Calcutta medical institutions reports 1871-78
Year: 1871
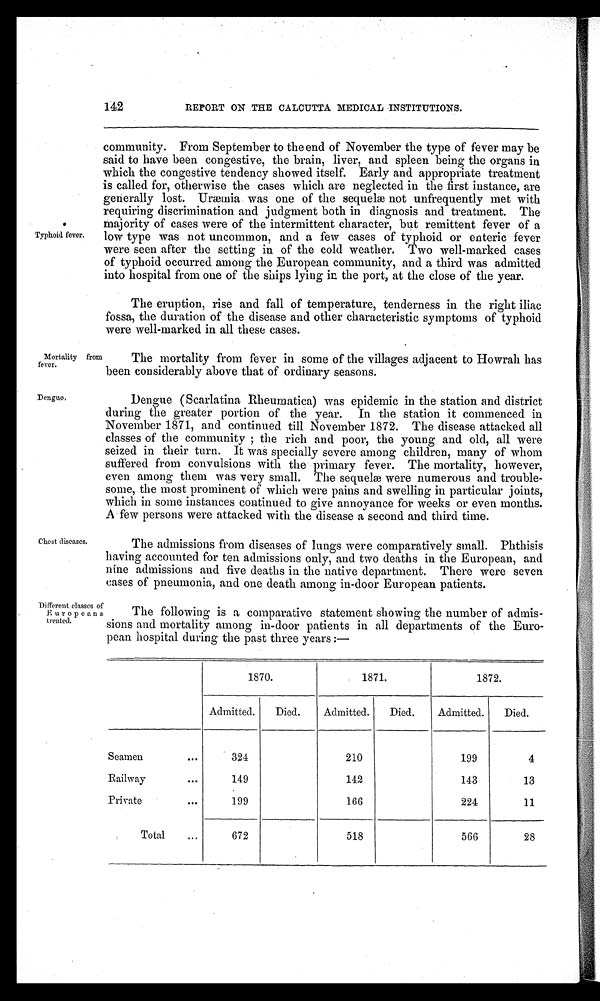
142
REPORT ON THE CALCUTTA MEDICAL INSTITUTIONS.
T y p h o i d f e v e r .
community. From September to the end of November the type of fever may be
said to have been congestive, the brain, liver, and spleen being the organs in
which the congestive tendency showed itself. Early and appropriate treatment
is called for, otherwise the cases which are neglected in the first instance, are
generally lost. Uræmia was one of the sequelæ not unfrequently met with
requiring discrimination and judgment both in diagnosis and treatment. The
majority of cases were of the intermittent character, but remittent fever of a
low type was not uncommon, and a few cases of typhoid or enteric fever
were seen after the setting in of the cold weather. Two well-marked cases
of typhoid occurred among the European community, and a third was admitted
into hospital from one of the ships lying in the port, at the close of the year.
The eruption, rise and fall of temperature, tenderness in the right iliac
fossa, the duration of the disease and other characteristic symptoms of typhoid
were well-marked in all these cases.
Mortality from fever. The mortality from fever in some of the villages adjacent to Howrah has
been considerably above that of ordinary seasons.
D e n g u e .
Dengue (Scarlatina Rheumatica) was epidemic in the station and district
during the greater portion of the year. In the station it commenced in
November 1871, and continued till November 1872. The disease attacked all
classes of the community ; the rich and poor, the young and old, all were
seized in their turn. It was specially severe among children, many of whom
suffered from convulsions with the primary fever. The mortality, however,
even among them was very small. The sequel were numerous and trouble
-some, the most prominent of which were pains and swelling in particular joints,
which in some instances continued to give annoyance for weeks or even months.
A few persons were attacked with the disease a second and third time.
Chest diseases.
The admissions from diseases of lungs were comparatively small. Phthisis
having accounted for ten admissions only, and two deaths in the European, and
nine admissions and five deaths in the native department. There were seven
cases of pneumonia, and one death among in-door European patients.
Different classes of
Europeans treated.
The following is a comparative statement showing the number of admis-
sions and mortality among in-door patients in all departments of the Euro
-
pean hospital during the past three years :—
1870.
1 8 7 1 .
1872.
Admitted.
Died.
Admitted.
Died.
Admitted.
Died.
Seamen
324
210
199
4
Railway
149
142
143
13
Private
199
166
224
11
Total
672
518
566
28